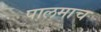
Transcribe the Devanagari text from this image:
पालमाच